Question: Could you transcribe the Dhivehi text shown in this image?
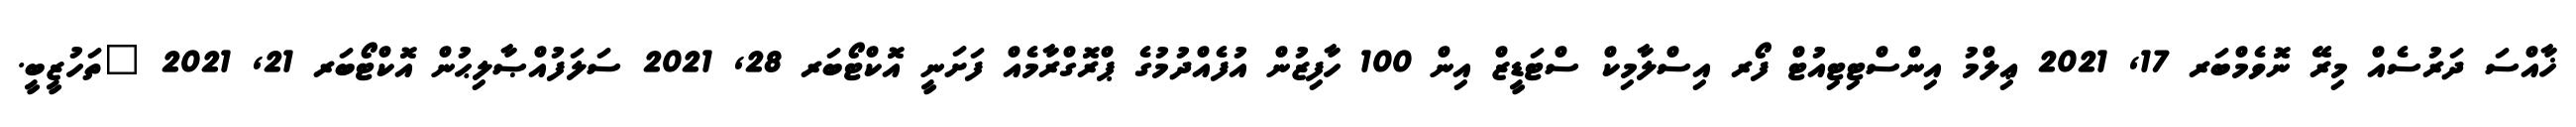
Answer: ޚާއްސަ ދަރުސެއް މިރޭ ނޮވެމްބަރ 17, 2021 ޢިލްމު އިންސްޓިޓިއުޓް ފޯރ އިސްލާމިކް ސްޓަޑީޒް އިން 100 ހާފިޒުން އުފެއްދުމުގެ ޕްރޮގްރާމެއް ފަށަނީ އޮކްޓޯބަރ 28, 2021 ސަލަފުއްޞާލިޙުން އޮކްޓޯބަރ 21, 2021 "ތަހުޒީބީ.